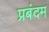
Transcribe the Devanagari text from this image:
प्रबंदम